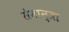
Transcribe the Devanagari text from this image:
सेमान्त्रा